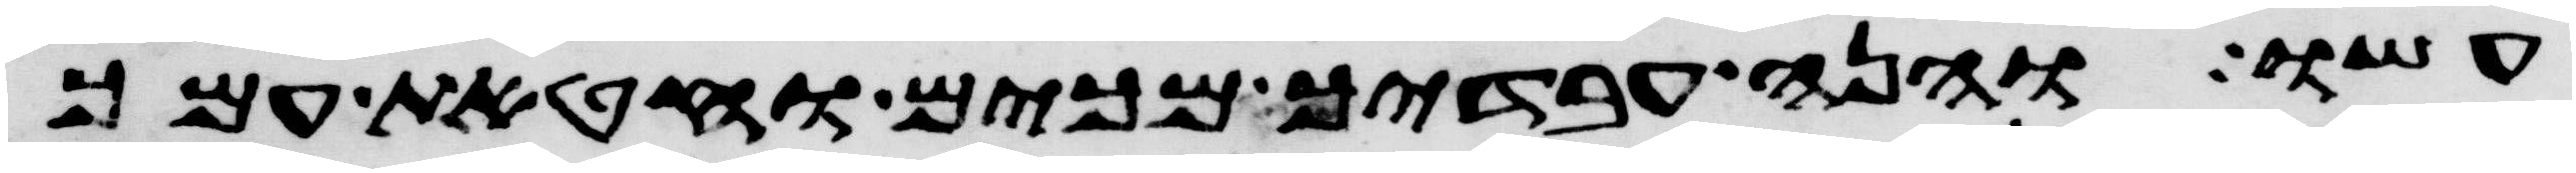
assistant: עשו והנה עבדיך מכים וחטאת עמך